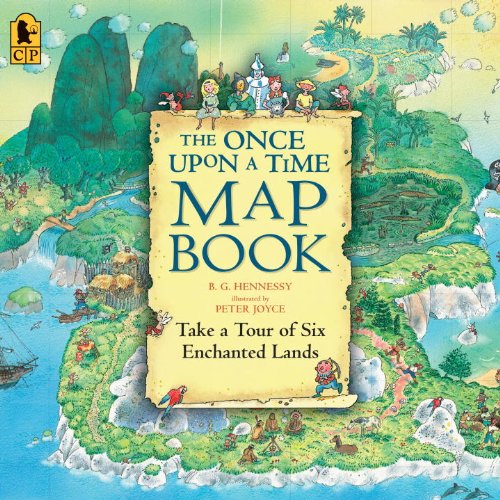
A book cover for The Once Upon a Time Map Book: Take a Tour of Six Enchanted Lands; B.G. Hennessy; Children's Books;